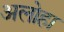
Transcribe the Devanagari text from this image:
अलोहा